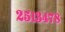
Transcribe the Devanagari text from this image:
२५१३४७८